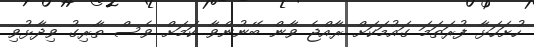
ހުށަހަޅާ ފުރަތަމަ ގައުމަކަށް ރާއްޖެ ވާން ބޭނުންވާ ކަމަށް ވެސް ތާރިގު ވިދާޅުވި